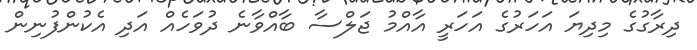
ދިރާގުގެ މިދިޔަ އަހަރުގެ އަހަރީ އާއްމު ޖަލްސާ ބާއްވާނެ ދުވަހެއް އަދި އެކުންފުނިން